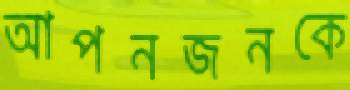
আপনজনকে